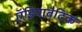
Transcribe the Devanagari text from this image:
ऍडियाबैटिक